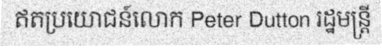
ឥតប្រយោជន៍លោក Peter Dutton រដ្ឋមន្ត្រី